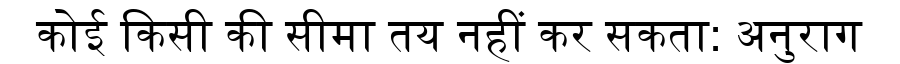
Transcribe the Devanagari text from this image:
कोई किसी की सीमा तय नहीं कर सकता: अनुराग